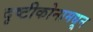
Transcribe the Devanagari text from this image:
दृष्टीकोनामधून